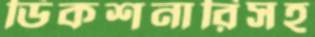
ডিকশনারিসহ